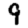
Digit: 9